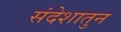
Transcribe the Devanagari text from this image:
संदेशातुन